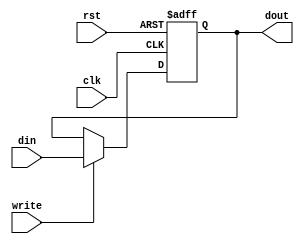
module reg_8_14(clk,rst,write,din,dout);

output [7:0] dout;
input  clk,rst,write;
input  [7:0] din;

reg [7:0] dout;

always @ (posedge clk or negedge rst)
	begin
		if(!rst)
			dout  <= 8'h07;
		else 
		  if(write)
					 dout<=din;
		  else 
					 dout<=dout;
	end

endmodule